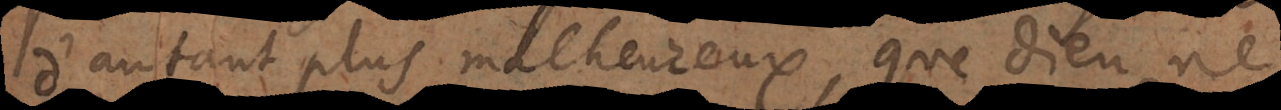
d’autant plus malheureux, que Dieu ne